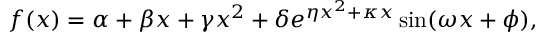
f ( x ) = \alpha + \beta x + \gamma x ^ { 2 } + \delta e ^ { \eta x ^ { 2 } + \kappa x } \sin ( \omega x + \phi ) ,